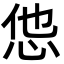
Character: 怹